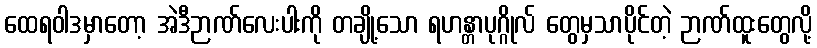
ထေရဝါဒမှာတော့ အဲဒီဉာဏ်လေးပါးကို တချို့သော ရဟန္တာပုဂ္ဂိုလ် တွေမှသာပိုင်တဲ့ ဉာဏ်ထူးတွေလို့